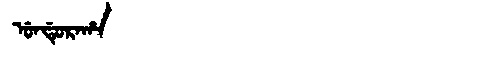
Manchu: ᡠᠨᡩᡠᡵᠠᡥᠠ
Romanization: UNDURAHA